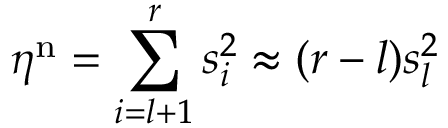
\eta ^ { \mathrm { n } } = \sum _ { i = l + 1 } ^ { r } s _ { i } ^ { 2 } \approx ( r - l ) s _ { l } ^ { 2 }